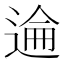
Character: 𫐮